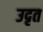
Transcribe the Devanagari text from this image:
उदृत